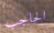
الحاجب